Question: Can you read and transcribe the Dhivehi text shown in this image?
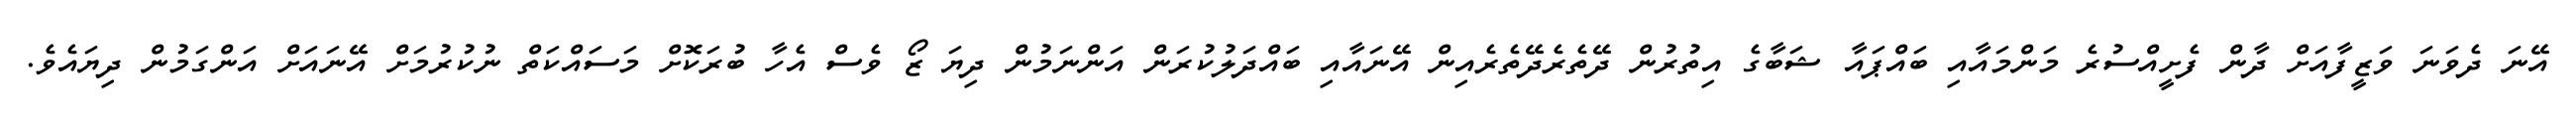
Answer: އޭނަ ދެވަނަ ވަޒީފާއަށް ދާން ފެށީއްސުރެ މަންމައާއި ބައްޕައާ ޝަބާގެ އިތުރުން ދޭތެރެދޭތެރެއިން އޭނައާއި ބައްދަލުކުރަން އަންނަމުން ދިޔަ ޒޯ ވެސް އެހާ ބުރަކޮށް މަސައްކަތް ނުކުރުމަށް އޭނައަށް އަންގަމުން ދިޔައެވެ.